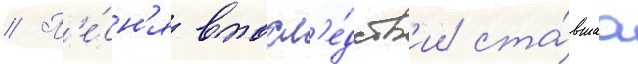
// П'е́сн'я впосл'е́дств'ии ста́вшаа